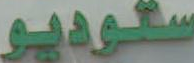
ستوديو